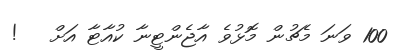
100 ވަނަ މެޗުން މޮޅުވެ އާޖެންޓީނާ ކުއާޓާ އަށް   !